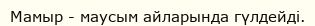
Мамыр - маусым айларында гүлдейді.